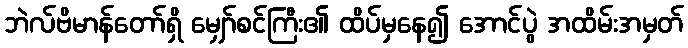
ဘဲလ်ဗိမာန်တော်ရှိ မျှော်စင်ကြီး၏ ထိပ်မှနေ၍ အောင်ပွဲ အထိမ်းအမှတ်